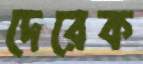
দেরেক